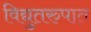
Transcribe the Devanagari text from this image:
विद्युतरुपात